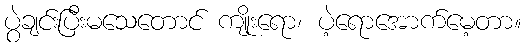
ပွဲချင်းပြီးမသေတောင် ကျိုးရော၊ ပဲ့ရောအောက်မေ့တာ။